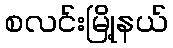
စလင်းမြို့နယ်